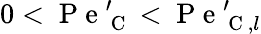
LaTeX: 0<\mathrm{~P~e~}_{\mathrm{~C~}}^{\prime}<\mathrm{~P~e~}_{\mathrm{~C~},l}^{\prime}